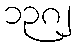
၁၃၈၂